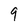
Character: 9